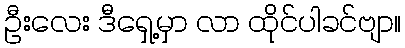
ဦးလေး ဒီရှေ့မှာ လာ ထိုင်ပါခင်ဗျာ။